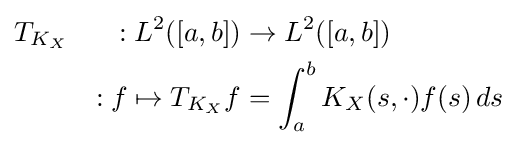
{\begin{aligned}&T_{K_{X}}&:L^{2}([a,b])&\to L^{2}([a,b])\\&&:f\mapsto T_{K_{X}}f&=\int _{a}^{b}K_{X}(s,\cdot )f(s)\,ds\end{aligned}}